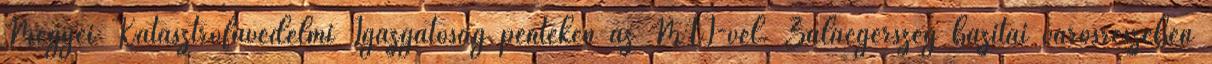
Megyei Katasztrófavédelmi Igazgatóság pénteken az MTI-vel. Zalaegerszeg bazitai városrészében